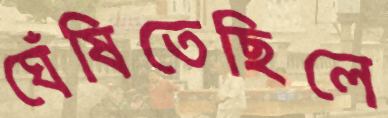
ঘেঁষিতেছিলে